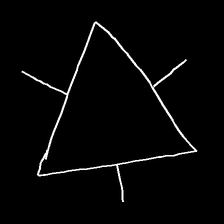
Glyph: fire